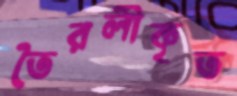
তৈরলীকৃত